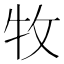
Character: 牧